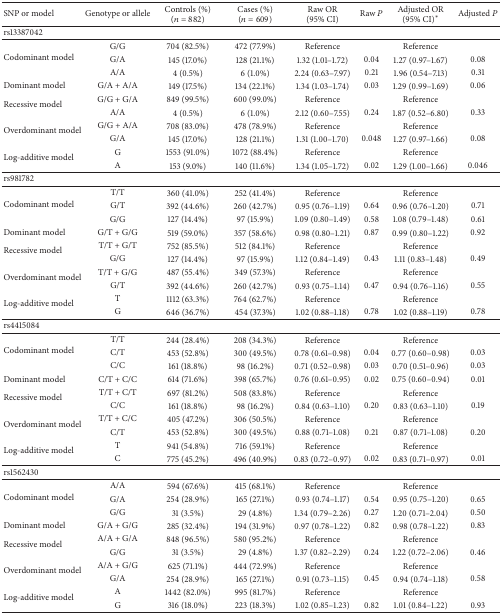
<table><thead><tr><td><b>SNP or model</b></td><td><b>Genotype or allele</b></td><td><b>Controls (%)(<i>n</i> = 882)</b></td><td><b>Cases (%)(<i>n</i> = 609)</b></td><td><b>Raw OR(95% CI)</b></td><td><b>Raw <i>P</i></b></td><td><b>Adjusted OR (95% CI)<sup><i>∗</i></sup></b></td><td><b>Adjusted <i>P</i></b></td></tr></thead><tbody><tr><td>rs13387042</td><td> </td><td> </td><td> </td><td> </td><td> </td><td> </td><td> </td></tr><tr><td rowspan="3">Codominant model</td><td>G/G</td><td>704 (82.5%)</td><td>472 (77.9%)</td><td>Reference</td><td> </td><td>Reference</td><td> </td></tr><tr><td>G/A</td><td>145 (17.0%)</td><td>128 (21.1%)</td><td>1.32 (1.01–1.72)</td><td>0.04</td><td>1.27 (0.97–1.67)</td><td>0.08</td></tr><tr><td>A/A</td><td>4 (0.5%)</td><td>6 (1.0%)</td><td>2.24 (0.63–7.97)</td><td>0.21</td><td>1.96 (0.54–7.13)</td><td>0.31</td></tr><tr><td>Dominant model</td><td>G/A + A/A</td><td>149 (17.5%)</td><td>134 (22.1%)</td><td>1.34 (1.03–1.74)</td><td>0.03</td><td>1.29 (0.99–1.69)</td><td>0.06</td></tr><tr><td rowspan="2">Recessive model</td><td>G/G + G/A</td><td>849 (99.5%)</td><td>600 (99.0%)</td><td>Reference</td><td> </td><td>Reference</td><td> </td></tr><tr><td>A/A</td><td>4 (0.5%)</td><td>6 (1.0%)</td><td>2.12 (0.60–7.55)</td><td>0.24</td><td>1.87 (0.52–6.80)</td><td>0.33</td></tr><tr><td rowspan="2">Overdominant model</td><td>G/G + A/A</td><td>708 (83.0%)</td><td>478 (78.9%)</td><td>Reference</td><td> </td><td>Reference</td><td> </td></tr><tr><td>G/A</td><td>145 (17.0%)</td><td>128 (21.1%)</td><td>1.31 (1.00–1.70)</td><td>0.048</td><td>1.27 (0.97–1.66)</td><td>0.08</td></tr><tr><td rowspan="2">Log-additive model</td><td>G</td><td>1553 (91.0%)</td><td>1072 (88.4%)</td><td>Reference</td><td> </td><td>Reference</td><td> </td></tr><tr><td>A</td><td>153 (9.0%)</td><td>140 (11.6%)</td><td>1.34 (1.05–1.72)</td><td>0.02</td><td>1.29 (1.00–1.66)</td><td>0.046</td></tr><tr><td>rs981782</td><td> </td><td> </td><td> </td><td> </td><td> </td><td> </td><td> </td></tr><tr><td rowspan="3">Codominant model</td><td>T/T</td><td>360 (41.0%)</td><td>252 (41.4%)</td><td>Reference</td><td> </td><td>Reference</td><td> </td></tr><tr><td>G/T</td><td>392 (44.6%)</td><td>260 (42.7%)</td><td>0.95 (0.76–1.19)</td><td>0.64</td><td>0.96 (0.76–1.20)</td><td>0.71</td></tr><tr><td>G/G</td><td>127 (14.4%)</td><td>97 (15.9%)</td><td>1.09 (0.80–1.49)</td><td>0.58</td><td>1.08 (0.79–1.48)</td><td>0.61</td></tr><tr><td>Dominant model</td><td>G/T + G/G</td><td>519 (59.0%)</td><td>357 (58.6%)</td><td>0.98 (0.80–1.21)</td><td>0.87</td><td>0.99 (0.80–1.22)</td><td>0.92</td></tr><tr><td rowspan="2">Recessive model</td><td>T/T + G/T</td><td>752 (85.5%)</td><td>512 (84.1%)</td><td>Reference</td><td> </td><td>Reference</td><td> </td></tr><tr><td>G/G</td><td>127 (14.4%)</td><td>97 (15.9%)</td><td>1.12 (0.84–1.49)</td><td>0.43</td><td>1.11 (0.83–1.48)</td><td>0.49</td></tr><tr><td rowspan="2">Overdominant model</td><td>T/T + G/G</td><td>487 (55.4%)</td><td>349 (57.3%)</td><td>Reference</td><td> </td><td>Reference</td><td> </td></tr><tr><td>G/T</td><td>392 (44.6%)</td><td>260 (42.7%)</td><td>0.93 (0.75–1.14)</td><td>0.47</td><td>0.94 (0.76–1.16)</td><td>0.55</td></tr><tr><td rowspan="2">Log-additive model</td><td>T</td><td>1112 (63.3%)</td><td>764 (62.7%)</td><td>Reference</td><td> </td><td>Reference</td><td> </td></tr><tr><td>G</td><td>646 (36.7%)</td><td>454 (37.3%)</td><td>1.02 (0.88–1.18)</td><td>0.78</td><td>1.02 (0.88–1.19)</td><td>0.78</td></tr><tr><td>rs4415084</td><td> </td><td> </td><td> </td><td> </td><td> </td><td> </td><td> </td></tr><tr><td rowspan="3">Codominant model</td><td>T/T</td><td>244 (28.4%)</td><td>208 (34.3%)</td><td>Reference</td><td> </td><td>Reference</td><td> </td></tr><tr><td>C/T</td><td>453 (52.8%)</td><td>300 (49.5%)</td><td>0.78 (0.61–0.98)</td><td>0.04</td><td>0.77 (0.60–0.98)</td><td>0.03</td></tr><tr><td>C/C</td><td>161 (18.8%)</td><td>98 (16.2%)</td><td>0.71 (0.52–0.98)</td><td>0.03</td><td>0.70 (0.51–0.96)</td><td>0.03</td></tr><tr><td>Dominant model</td><td>C/T + C/C</td><td>614 (71.6%)</td><td>398 (65.7%)</td><td>0.76 (0.61–0.95)</td><td>0.02</td><td>0.75 (0.60–0.94)</td><td>0.01</td></tr><tr><td rowspan="2">Recessive model</td><td>T/T + C/T</td><td>697 (81.2%)</td><td>508 (83.8%)</td><td>Reference</td><td> </td><td>Reference</td><td> </td></tr><tr><td>C/C</td><td>161 (18.8%)</td><td>98 (16.2%)</td><td>0.84 (0.63–1.10)</td><td>0.20</td><td>0.83 (0.63–1.10)</td><td>0.19</td></tr><tr><td rowspan="2">Overdominant model</td><td>T/T + C/C</td><td>405 (47.2%)</td><td>306 (50.5%)</td><td>Reference</td><td> </td><td>Reference</td><td> </td></tr><tr><td>C/T</td><td>453 (52.8%)</td><td>300 (49.5%)</td><td>0.88 (0.71–1.08)</td><td>0.21</td><td>0.87 (0.71–1.08)</td><td>0.20</td></tr><tr><td rowspan="2">Log-additive model</td><td>T</td><td>941 (54.8%)</td><td>716 (59.1%)</td><td>Reference</td><td> </td><td>Reference</td><td> </td></tr><tr><td>C</td><td>775 (45.2%)</td><td>496 (40.9%)</td><td>0.83 (0.72–0.97)</td><td>0.02</td><td>0.83 (0.71–0.97)</td><td>0.01</td></tr><tr><td>rs1562430</td><td> </td><td> </td><td> </td><td> </td><td> </td><td> </td><td> </td></tr><tr><td rowspan="3">Codominant model</td><td>A/A</td><td>594 (67.6%)</td><td>415 (68.1%)</td><td>Reference</td><td> </td><td>Reference</td><td> </td></tr><tr><td>G/A</td><td>254 (28.9%)</td><td>165 (27.1%)</td><td>0.93 (0.74–1.17)</td><td>0.54</td><td>0.95 (0.75–1.20)</td><td>0.65</td></tr><tr><td>G/G</td><td>31 (3.5%)</td><td>29 (4.8%)</td><td>1.34 (0.79–2.26)</td><td>0.27</td><td>1.20 (0.71–2.04)</td><td>0.50</td></tr><tr><td>Dominant model</td><td>G/A + G/G</td><td>285 (32.4%)</td><td>194 (31.9%)</td><td>0.97 (0.78–1.22)</td><td>0.82</td><td>0.98 (0.78–1.22)</td><td>0.83</td></tr><tr><td rowspan="2">Recessive model</td><td>A/A + G/A</td><td>848 (96.5%)</td><td>580 (95.2%)</td><td>Reference</td><td> </td><td>Reference</td><td> </td></tr><tr><td>G/G</td><td>31 (3.5%)</td><td>29 (4.8%)</td><td>1.37 (0.82–2.29)</td><td>0.24</td><td>1.22 (0.72–2.06)</td><td>0.46</td></tr><tr><td rowspan="2">Overdominant model</td><td>A/A + G/G</td><td>625 (71.1%)</td><td>444 (72.9%)</td><td>Reference</td><td> </td><td>Reference</td><td> </td></tr><tr><td>G/A</td><td>254 (28.9%)</td><td>165 (27.1%)</td><td>0.91 (0.73–1.15)</td><td>0.45</td><td>0.94 (0.74–1.18)</td><td>0.58</td></tr><tr><td rowspan="2">Log-additive model</td><td>A</td><td>1442 (82.0%)</td><td>995 (81.7%)</td><td>Reference</td><td> </td><td>Reference</td><td> </td></tr><tr><td>G</td><td>316 (18.0%)</td><td>223 (18.3%)</td><td>1.02 (0.85–1.23)</td><td>0.82</td><td>1.01 (0.84–1.22)</td><td>0.93</td></tr></tbody></table>